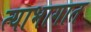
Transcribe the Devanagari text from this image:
त्याभागात